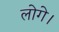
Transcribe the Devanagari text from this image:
लोगे।